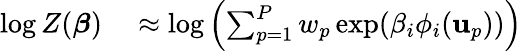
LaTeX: \begin{array}{rl}{\log Z(\boldsymbol{\beta})}&{{}\approx\log\left(\sum_{p=1}^{P}w_{p}\exp(\beta_{i}\phi_{i}(\mathbf{u}_{p}))\right)}\end{array}